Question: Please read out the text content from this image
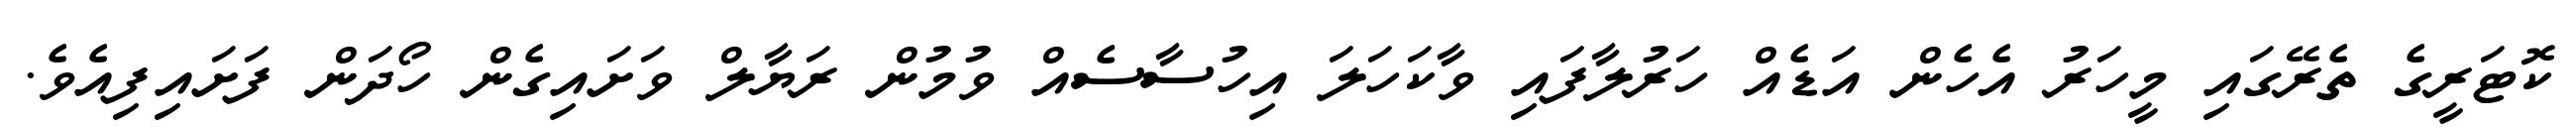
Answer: ކޮޓަރީގެ ތެރޭގައި މީހަރު އެހެން އަޑެއް ހަރުލާފައި ވާކަހަލަ އިހުސާސެއް ވުމުން ރަޔާލް ވަށައިގެން ހޯދަން ފަށައިފިއެވެ.